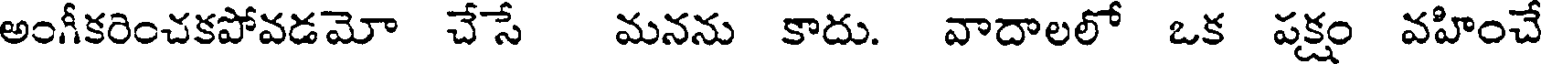
అంగీకరించకపోవడమో చేసే మనను కాదు. వాదాలలో ఒక పక్షం వహించే